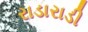
રાડારાડી